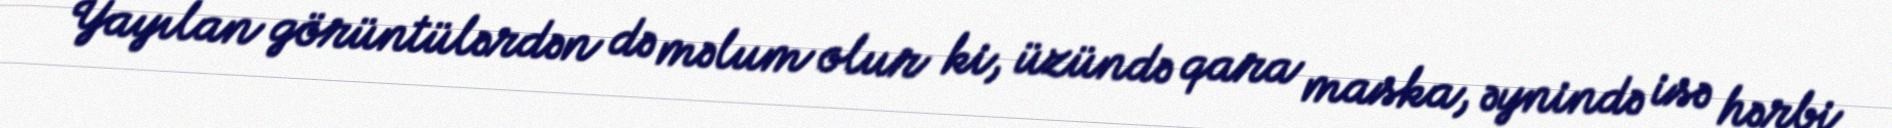
Yayılan görüntülərdən də məlum olur ki, üzündə qara maska, əynində isə hərbi